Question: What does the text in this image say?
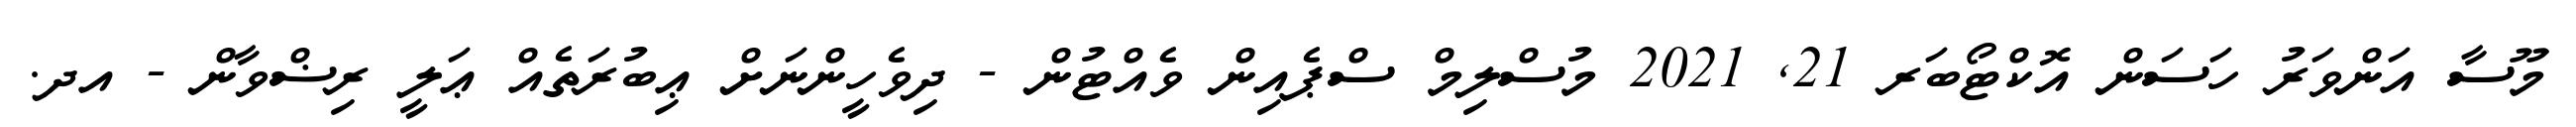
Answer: މޫސާ އަންވަރު ހަސަން އޮކްޓޯބަރ 21, 2021 މުސްލިމް ސްޕެއިން ވެއްޓުން - ދިވެހީންނަށް ޢިބުރަތެއް ޢަލީ ރިޟްވާން - އދ.